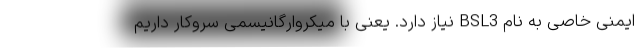
ایمنی خاصی به نام BSL3 نیاز دارد. یعنی با میکروارگانیسمی سروکار داریم